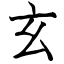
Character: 玄